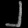
Digit: ၂